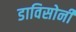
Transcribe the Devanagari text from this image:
डाविसोनी